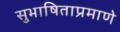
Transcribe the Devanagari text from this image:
सुभाषिताप्रमाणे